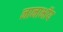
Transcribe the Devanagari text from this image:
नानाभॉय